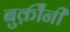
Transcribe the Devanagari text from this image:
बुर्क़ीनी